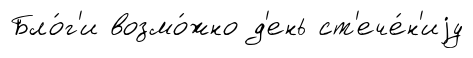
Бло́г'и возмо́жно д'ень ст'ече́н'иjу